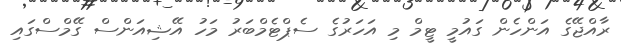
ރާއްޖޭގެ އަންހެން ގައުމީ ޓީމް މި އަހަރުގެ ސެޕްޓެމްބަރު މަހު އޭޝިއަންސް ގޭމްސްގައި